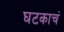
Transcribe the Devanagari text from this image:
घटकाचं